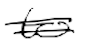
Text: to
Cross-out: double-line
Writing tool: digital_black